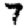
Digit: 7